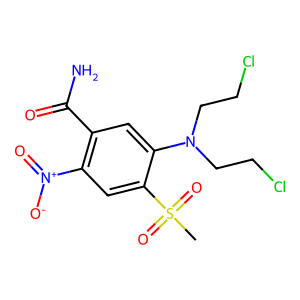
SMILES: CS(=O)(=O)c1cc([N+](=O)[O-])c(C(N)=O)cc1N(CCCl)CCCl
Inhibits HIV replication: No